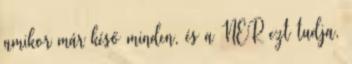
amikor már késő minden, és a NER ezt tudja,